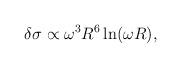
LaTeX: \begin{align*}\delta \sigma \propto \omega^3 R^6 \ln (\omega R),\end{align*}